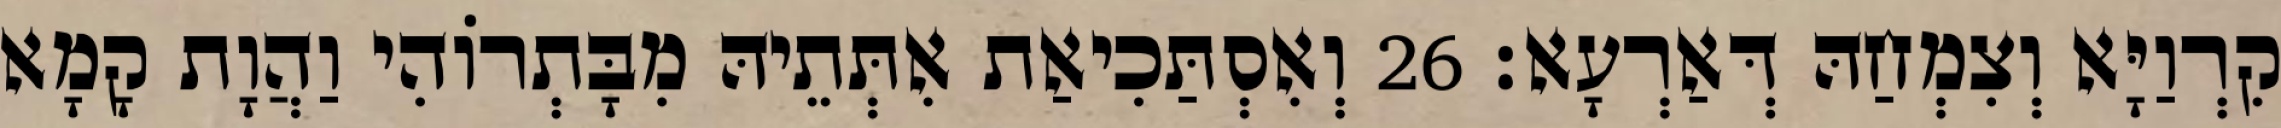
קִרְוַיָּא וְצִמְחַהּ דְּאַרְעָא׃ 26 וְאִסְתַּכִיאַת אִתְּתֵיהּ מִבָּתְרוֹהִי וַהֲוָת קָמָא